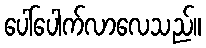
ပေါ်ပေါက်လာလေသည်။